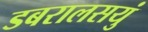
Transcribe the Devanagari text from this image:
डबरालसयुं